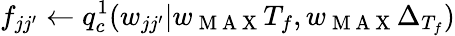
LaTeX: f_{jj^{\prime}}\gets q_{c}^{1}(w_{jj^{\prime}}|w_{\mathrm{~M~A~X~}}T_{f},w_{\mathrm{~M~A~X~}}\Delta_{T_{f}})